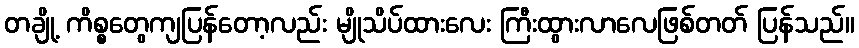
တချို့ ကိစ္စတွေကျပြန်တော့လည်း မျိုသိပ်ထားလေး ကြီးထွားလာလေဖြစ်တတ် ပြန်သည်။